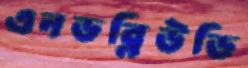
এনডব্লিউডি